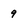
Character: 9